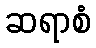
ဆရာစံ